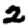
Digit: 2